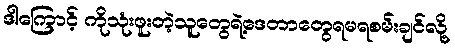
ဒါကြောင့် ကိုသုံးဖူးတဲ့သူတွေရဲ့ဒေတာတွေရမရစမ်းချင်လို့